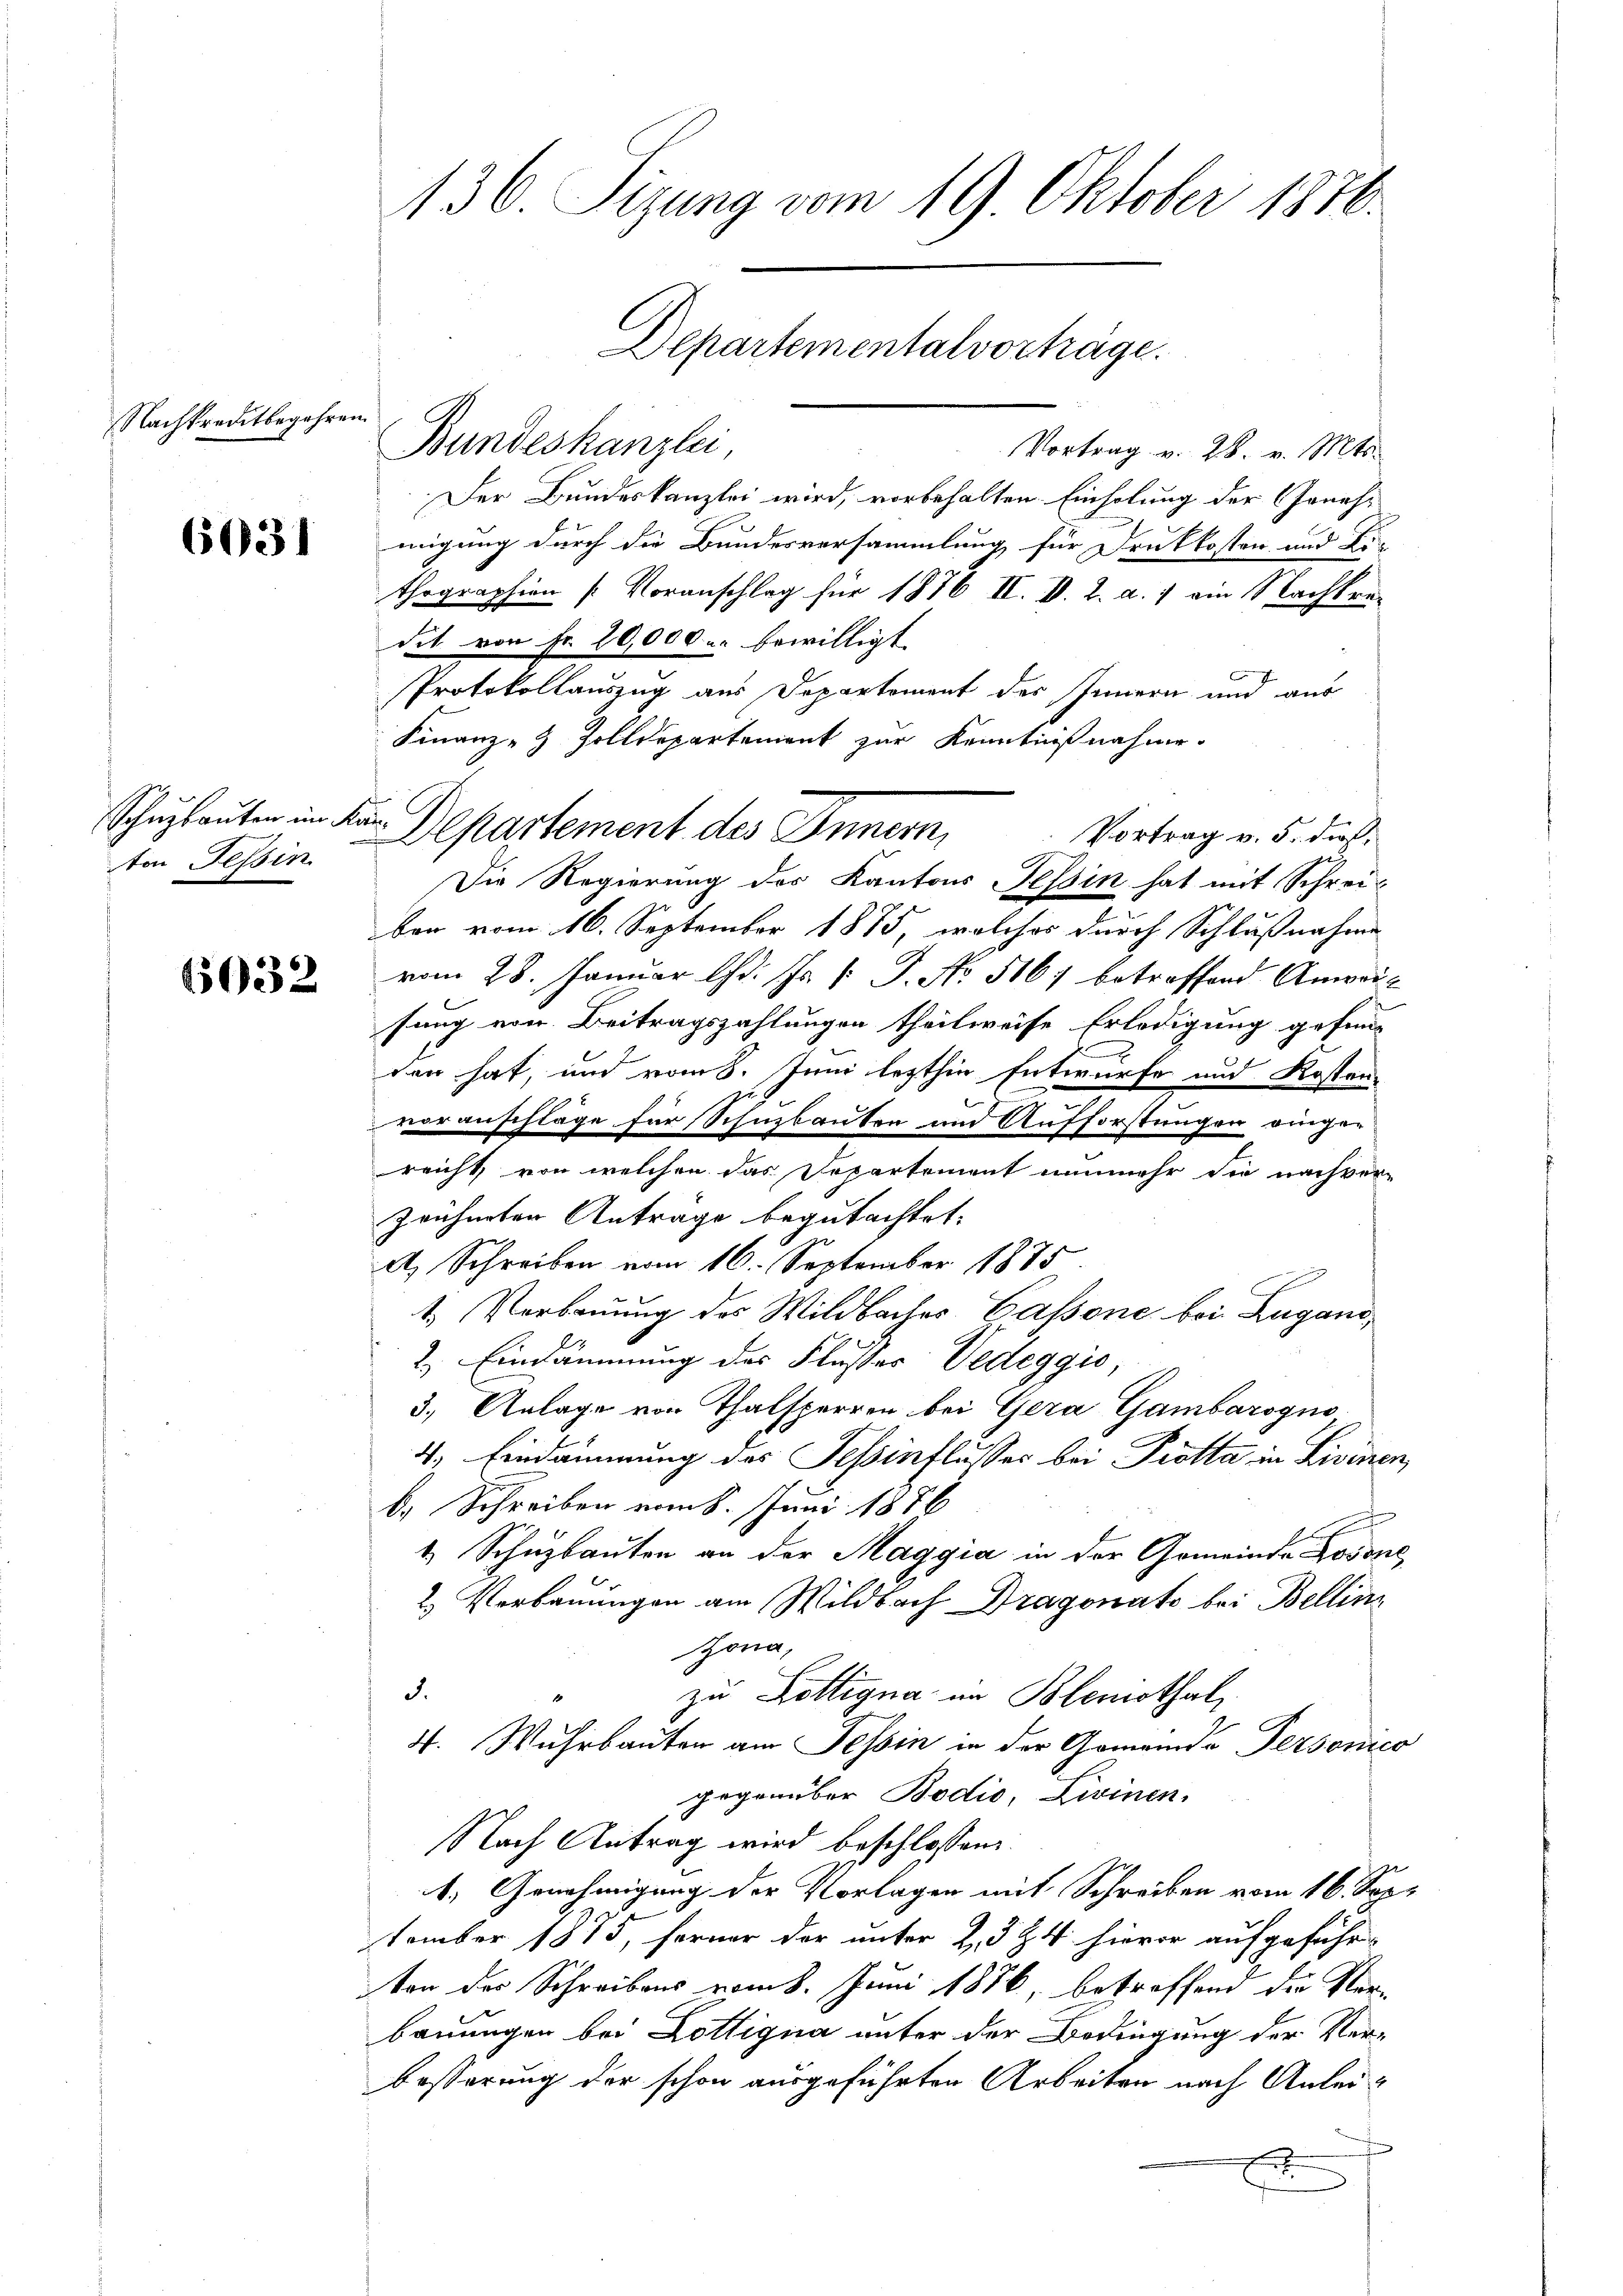
Nachkreditbegehren.

6031

ton Tessin.

6032

136. Sizung vom 19 Oktober 1870.
Departemental vorhäge

Bundeskanzlei
Vortrag v. 28. v. Mts.
Der Bundeskanzlei wird, vorbehalten Einholung der Jonehmigung durch die Bundesversammlung für Druckkosten und Ei
thographien [Voranschlag für 1876 II. V. L. a. 1 ein Nachtredit von Nr. 20,000 u. bewilligt.
Protokollauszug aus Departement des Innern und aus
Finanz- & Zolldepartement zur Kenntnißnahme
Vortrag v. 5. dies
Die Regierung des Kantons Tessin hat mit Schrei-
ben vom 16. September 1875, welches durch Schlußnahme
vom 28. Januar d. Js. 1. J. No 516 betreffend Anweifang von Beitragszahlungen theilweise Erledigung gefunden hat, und vom 8. Juni lezthin Entwurfe und Kosten-
voranschläge für Schnzbauten und Aufforstungen eingereicht, von welchen das Departement nunmehr die nachver-
zeichneten Antrage begutachtet:
A. Schreiben vom 16. September 1875
t. Verbauung des Wildbacher Cassone bei Lugano
2. Eindämmung des Flusser Vedeggio
3.) Anlage von Thalsperren bei Gera Gambarogno
4. Eindamnung des Teßinflusses bei Piotta in Livinen,
b. Schreiben vom 8. Juni 1886
1. Schuzbauten an der Maggia in der Gemeinde Losone,
2. Verbauungen am Wildbach Dragonats bei Bellinz
Hona,
J.
zu Kölligna im Blemothal
n
4. Wuhrbauten am Tessin in der Gemeinde Personico
gegenüber Bodis, Livinen.
Nach Antrag wird beschlossen
1. Genehmigung der Vorlagen mit Schreiben vom 16. September 1875, ferner der unter 2, 3 Z. 4 hievor aufgeführ
ton des Schreibens vom 8. Juni 1876, betreffend die Ver-
bauungen bei Dottigna unter der Bedingung der Verbesserung der schon ausgeführten Arbeiten nach Anleif

Schulauten in den Departement des Innern,